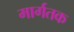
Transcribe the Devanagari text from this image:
मार्गतक